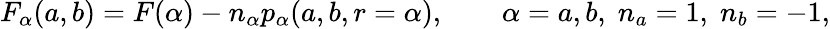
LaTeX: F_{\alpha}(a,b)=F(\alpha)-n_{\alpha}p_{\alpha}(a,b,r=\alpha),\qquad\alpha=a,b,\; n_{a}=1,\; n_{b}=-1,